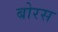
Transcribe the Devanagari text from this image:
बोरस